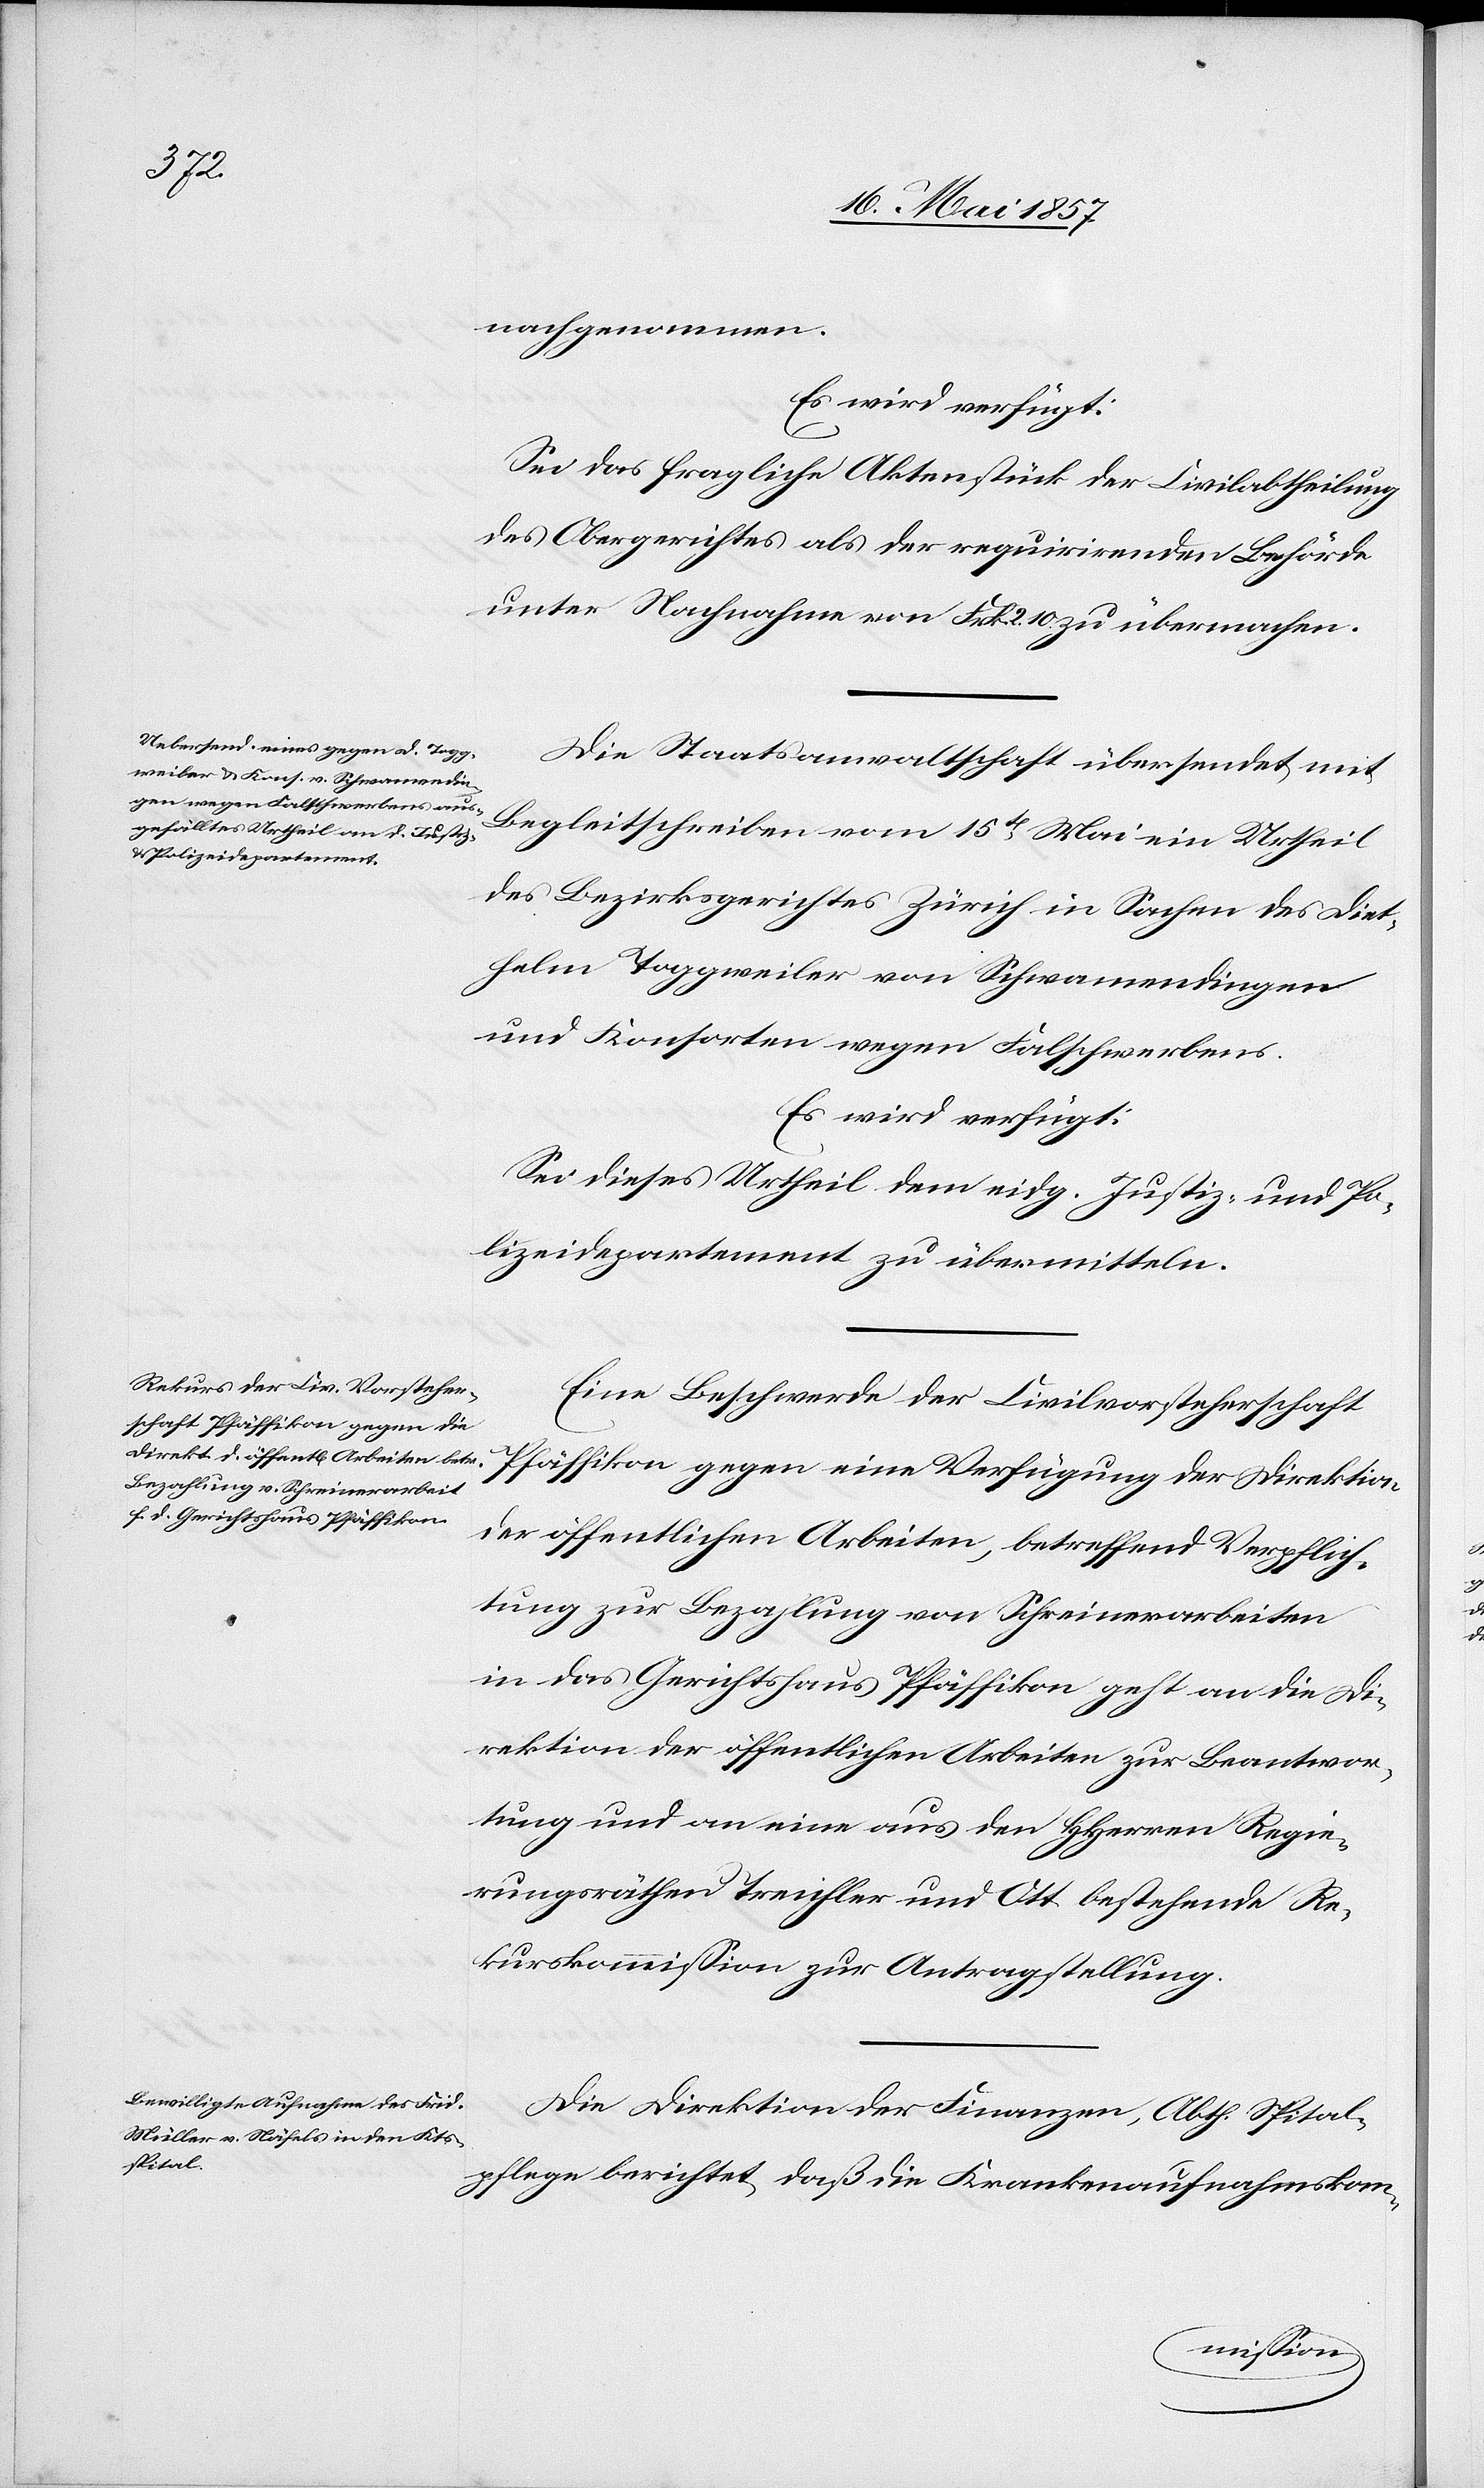
nachgenommen.
Es wird verfügt:
Sei das fragliche Aktenstück der Civilabtheilung
des Obergerichtes als der requirirenden Behörde
unter Nachnahme von Frk. 2.10 zu übermachen.
Die Staatsanwaltschaft übersendet mit
Begleitschreiben vom 15t Mai ein Urtheil
des Bezirksgerichtes Zürich in Sachen des Diet¬
helm Toggweiler von Schwamendingen
und Konsorten wegen Falschwerbens.
Es wird verfügt:
Sei dieses Urtheil dem eidg. Justiz- und Po¬
lizeidepartement zu übermitteln.
Eine Beschwerde der Civilvorsteherschaft
Pfäffikon gegen eine Verfügung der Direktion
der öffentlichen Arbeiten, betreffend Verpflich¬
tung zur Bezahlung von Schreinerarbeiten
in das Gerichtshaus Pfäffikon geht an die Di¬
rektion der öffentlichen Arbeiten zur Beantwor¬
tung und an eine aus den HHerren Regie¬
rungsräthen Treichler und Ott bestehende Re¬
kurskommission zur Antragstellung.
Die Direktion der Finanzen, Abth. Spital¬
pflege berichtet daß die Krankenaufnahmskom-